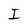
Character: I